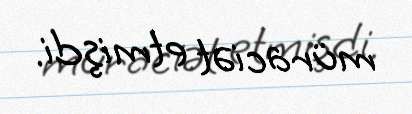
müraciət etmişdi.